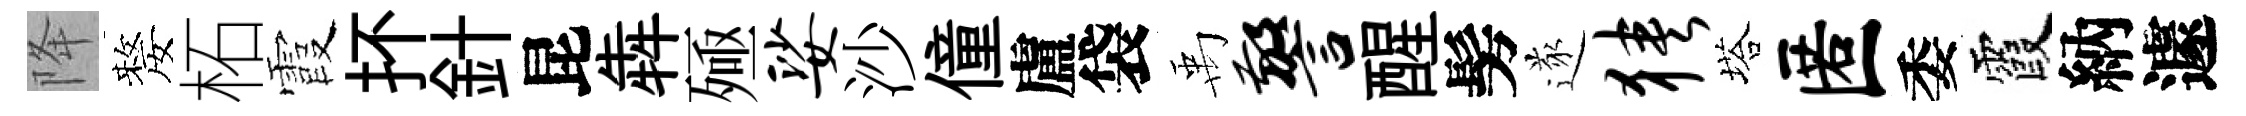
降嫠柘霞抔針昆犇殛娑沙僮盧袋禹警醒髣遂狭塔匿委霞納遽